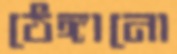
ঠেঙ্গানো